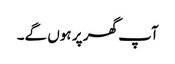
آپ گھر پر ہوں گے۔